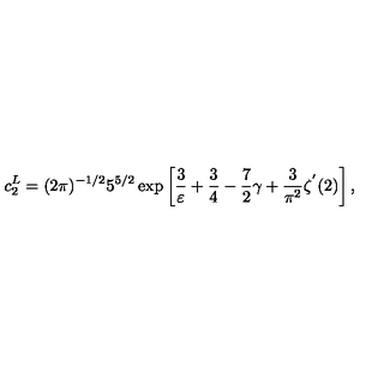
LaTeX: c _ { 2 } ^ { L } = ( 2 \pi ) ^ { - 1 / 2 } 5 ^ { 5 / 2 } \exp \left[ \frac { 3 } { \varepsilon } + \frac { 3 } { 4 } - \frac { 7 } { 2 } \gamma + \frac { 3 } { \pi ^ { 2 } } \zeta ^ { ' } ( 2 ) \right] ,